King Institute of Preventive Medicine Micro-Biological Section reports 1912-19
Year: 1912
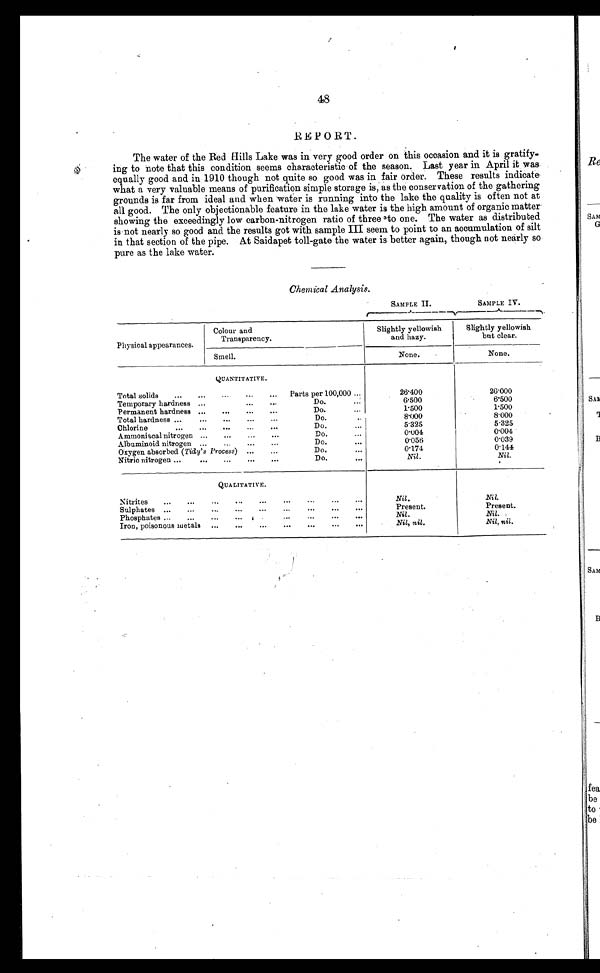
48
REPORT.
The water of the Red Hills Lake was in very good order on this occasion and it is gratify-
ing to note that this condition seems characteristic of the season. Last year in April it was
equally good and in 1910 though not quite so good was in fair order. These results indicate
what a very valuable means of purification simple storage is, as the conservation of the gathering
grounds is far from ideal and when water is running into the lake the quality is often not at
all good. The only objectionable feature in the lake water is the high amount of organic matter
showing the exceedingly low carbon-nitrogen ratio of three to one. The water as distributed
is not nearly so good and the results got with sample III seem to point to an accumulation of silt
in that section of the pipe. At Saidapet toll-gate the water is better again, though not nearly so
pure as the lake water.
Chemical Analysis.
SAMPLE II.
SAMPLE IV.
Physical appearances.
Colour and
Transparency.
Slightly yellowish
and hazy.
Slightly yellowish
but clear.
Smell.
None.
None.
QUANTITATIVE.
Total solids
...
...
...
...
...
Parts per 100,000 ...
26.400
26.000
Temporary hardness ...
...
...
Do.
...
6.500
6.500
Permanent hardness ...
...
...
...
Do.
...
1 . 5 0 0
1.500
Total hardness ...
...
...
...
...
Do.
. . .
8.000
8.000
Chlorine
...
...
...
...
...
Do.
...
5.325
5 . 3 2 5
Ammoniacal nitrogen
Do.
...
0.004
0.004
Albuminoid nitrogen ...
..
...
...
Do.
...
0.056
0.039
Oxygen absorbed (Tidy's Process) ...
...
Do.
...
0.174
0 . 1 4 4
Nitric nitrogen ...
...
...
...
...
Do.
...
Nil.
Nil.
QUALITATIVE.
N i trites
...
...
...
...
...
...
...
...
...
Nil.
Nil.
Sulphates ...
...
...
...
...
...
...
...
...
Present.
Present.
Phosphates ...
...
...
...
... ... ... ... ...
Nil.
Nil.
Iron, poisonous metals
...
...
...
...
...
...
...
Nil, nil.
Nil, nil.